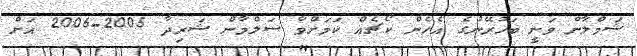
ޝަމްލާން ވަނީ ބަހުރޭނުގެ އެހެން ކޯޗެއް ކަމަށްވާ ސަލްމާން ޝަރިދާ 2005-2006 އަށް